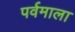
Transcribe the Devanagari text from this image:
पर्वमाला